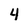
Character: 4